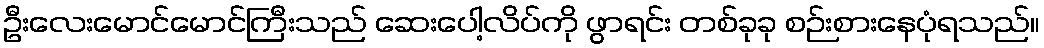
ဦးလေးမောင်မောင်ကြီးသည် ဆေးပေါ့လိပ်ကို ဖွာရင်း တစ်ခုခု စဉ်းစားနေပုံရသည်။